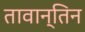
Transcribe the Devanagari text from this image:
तावान्तिन